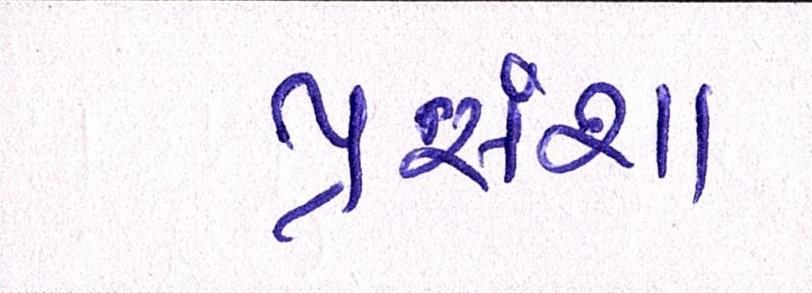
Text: પ્રસંશા